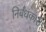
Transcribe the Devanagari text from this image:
निर्बंधकारी